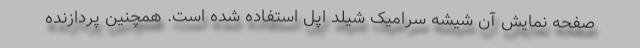
صفحه نمایش آن شیشه سرامیک شیلد اپل استفاده شده است. همچنین پردازنده